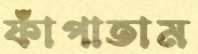
ফাঁপাতাম